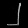
Digit: ၂